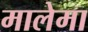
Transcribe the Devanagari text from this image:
मालेमा